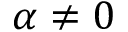
\alpha \neq 0